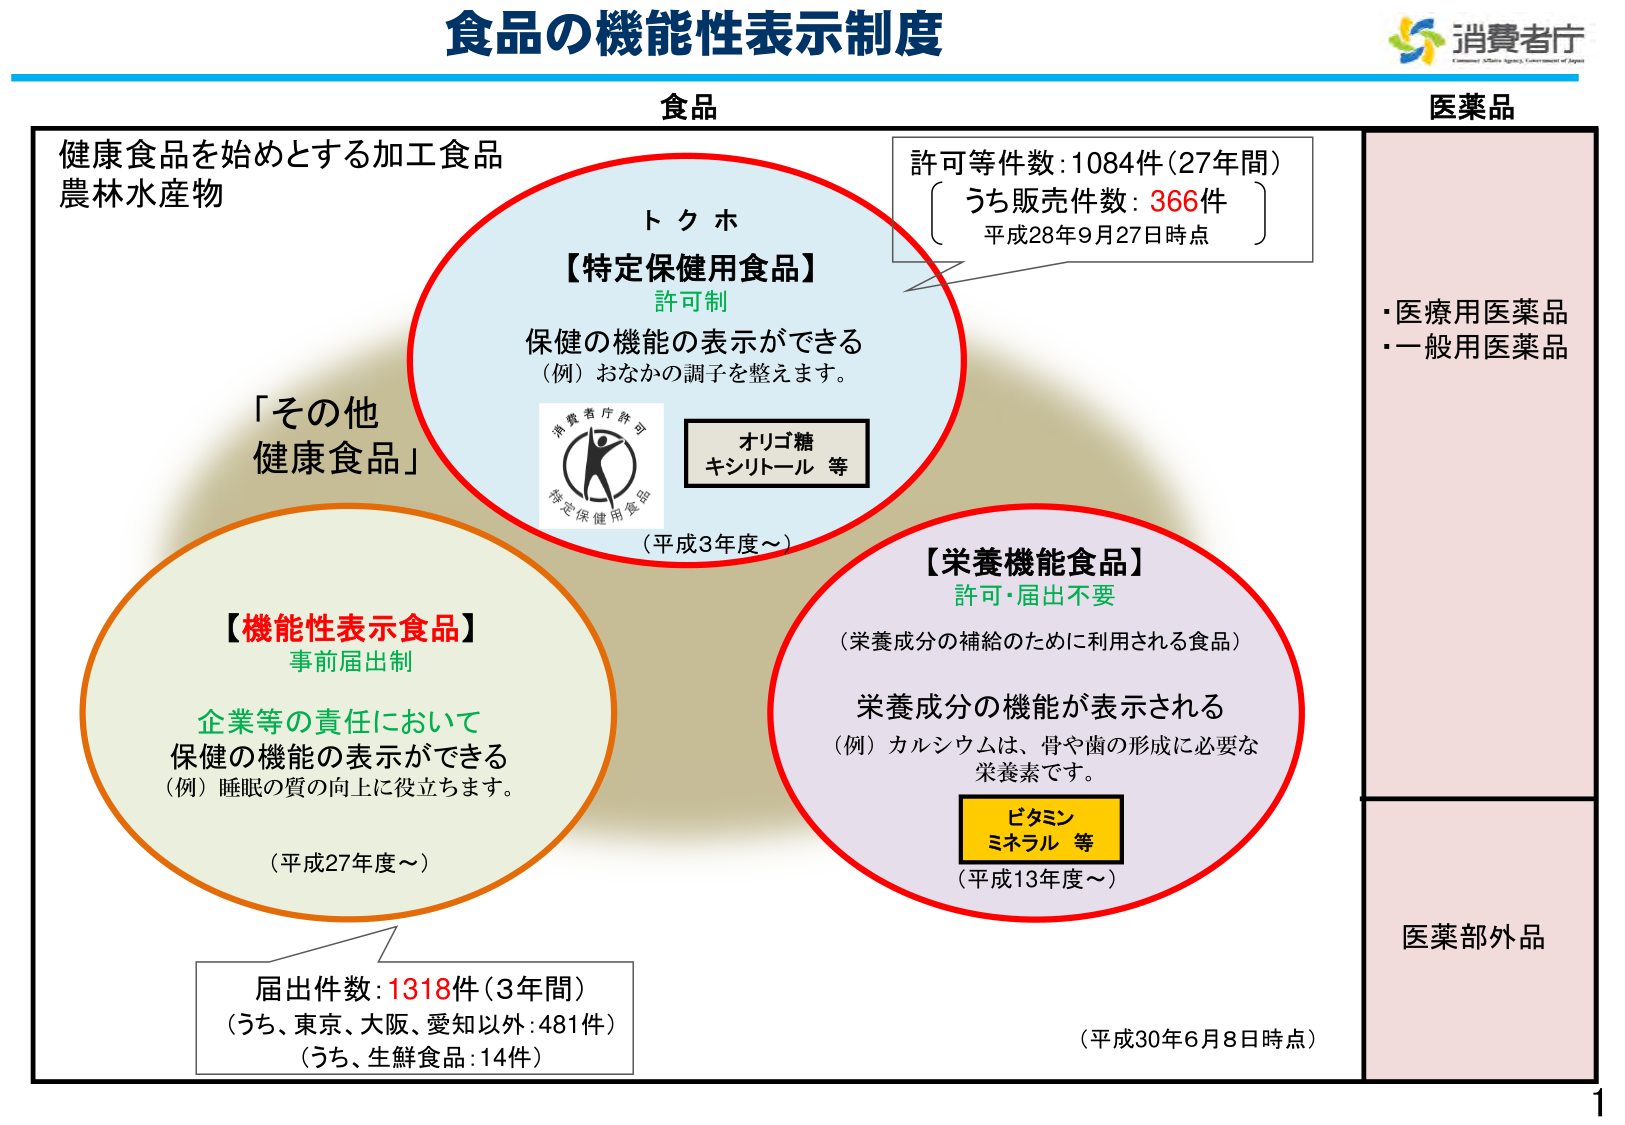
食品の機能性表示制度

消費者庁
Consumer Affairs Agency, Government of Japan

食品

健康食品を始めとする加工食品
農林水産物

「その他
健康食品」

トクホ
【特定保健用食品】
許可制
保健の機能の表示ができる
（例）おなかの調子を整えます。
（平成3年度～）

消費者庁許可
特定保健用食品

オリゴ糖
キシリトール 等

許可等件数：1084件（27年間）
うち販売件数：366件
平成28年9月27日時点

【機能性表示食品】
事前届出制
企業等の責任において
保健の機能の表示ができる
（例）睡眠の質の向上に役立ちます。
（平成27年度～）

届出件数：1318件（3年間）
（うち、東京、大阪、愛知以外：481件）
（うち、生鮮食品：14件）

【栄養機能食品】
許可・届出不要
（栄養成分の補給のために利用される食品）
栄養成分の機能が表示される
（例）カルシウムは、骨や歯の形成に必要な
栄養素です。
（平成13年度～）

ビタミン
ミネラル 等

（平成30年6月8日時点）

医薬品

・医療用医薬品
・一般用医薬品

医薬部外品

1